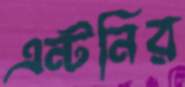
এন্টনির